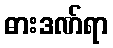
ဓားဒဏ်ရာ